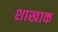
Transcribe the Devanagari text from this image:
शाखाक